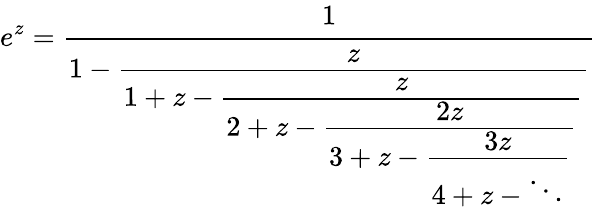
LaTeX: e^{z}={\cfrac{1}{1-{\cfrac{z}{1+z-{\cfrac{z}{2+z-{\cfrac{2z}{3+z-{\cfrac{3z}{4+z-\ddots}}}}}}}}}}